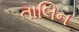
તાલિન